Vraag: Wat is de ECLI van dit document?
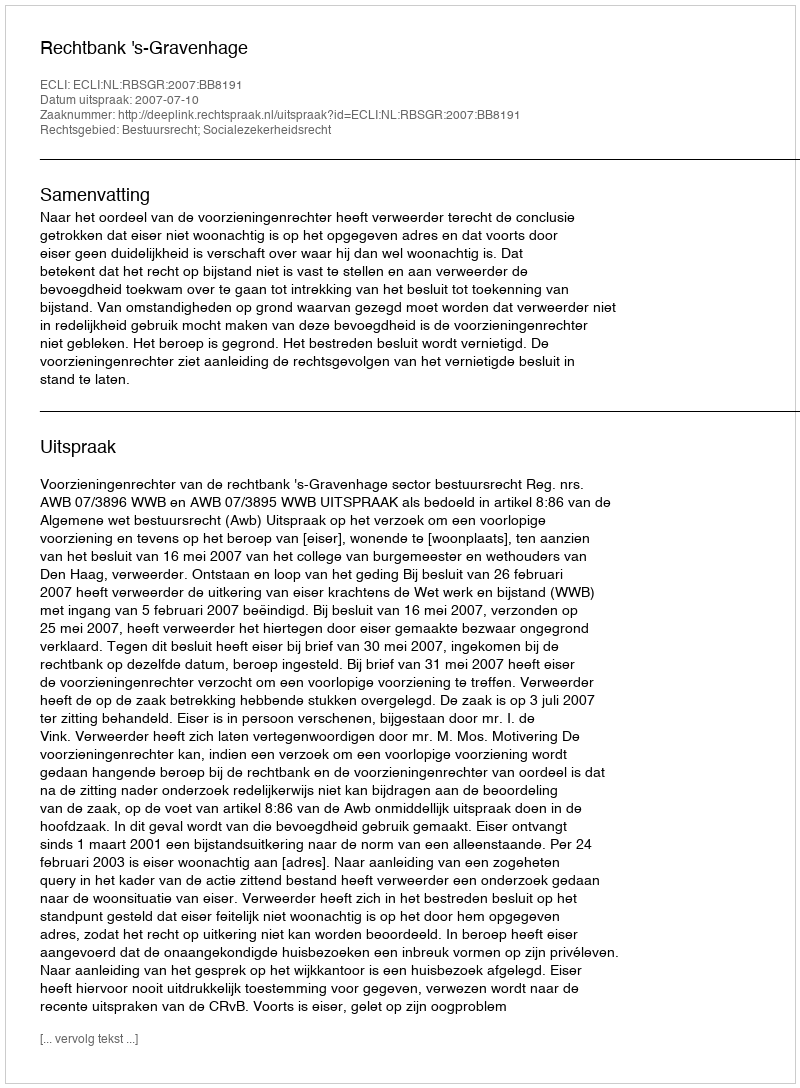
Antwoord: ECLI:NL:RBSGR:2007:BB8191